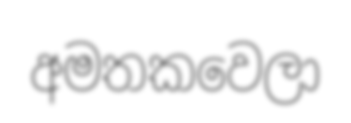
අමතකවෙලා